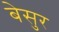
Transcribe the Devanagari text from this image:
बेसुर